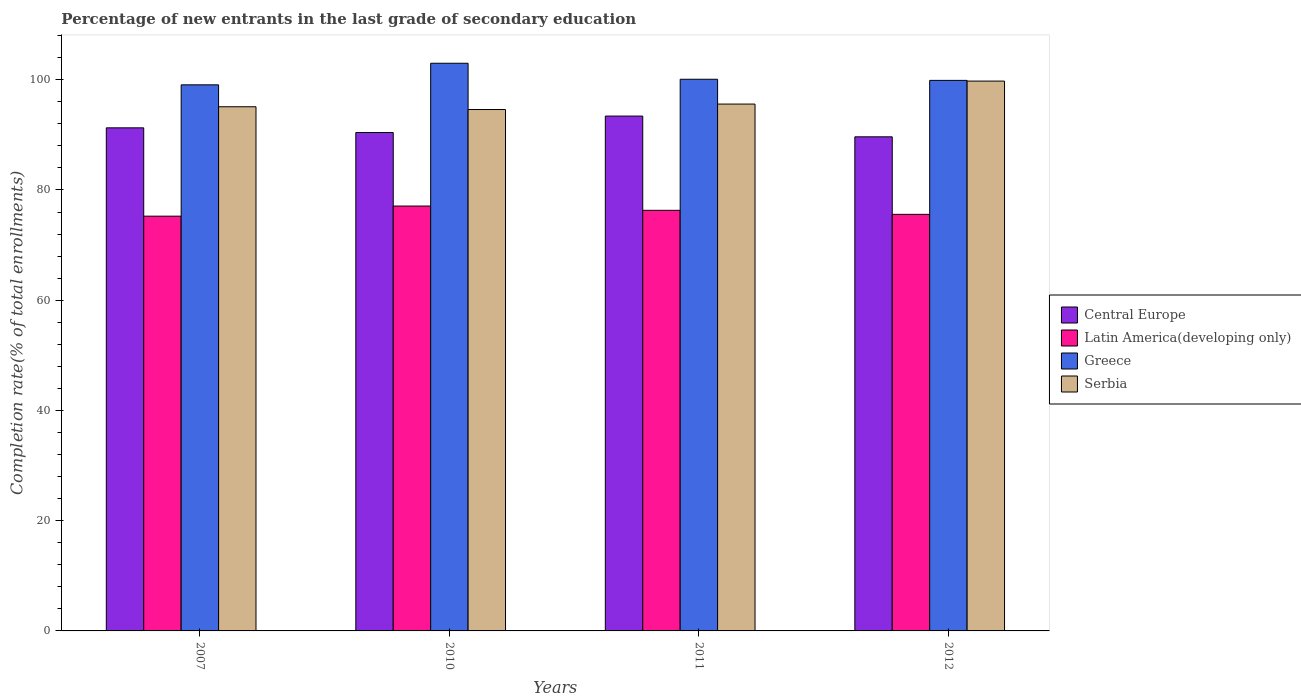
| Years | Central Europe | Latin America(developing only) | Greece | Serbia |
 | --- | --- | --- | --- | --- |
 | 2007 | 91.3 | 75.2 | 99.1 | 95.1 |
 | 2010 | 90.4 | 77.1 | 103 | 94.6 |
 | 2011 | 93.4 | 76.3 | 100 | 95.6 |
 | 2012 | 89.6 | 75.6 | 99.9 | 99.8 |